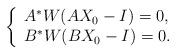
LaTeX: \begin{align*} \left \{\begin{array}{ll} A^*W(AX_0-I)=0,\\B^*W(BX_0-I)=0.\end{array} \right.\end{align*}